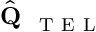
\hat { \textbf { Q } } _ { \mathrm { ~ T ~ E ~ L ~ } }